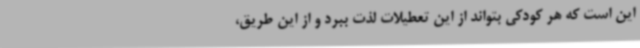
این است که هر کودکی بتواند از این تعطیلات لذت ببرد و از این طریق،